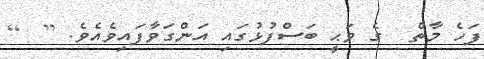
ފަހެ މާތް  ގެ ވަޙީ ބަސްފުޅުގައި އަންގަވާފައިވެއެވެ. [  ]